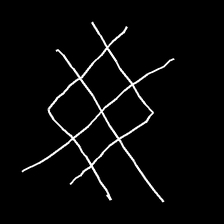
Glyph: crystal